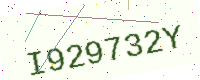
Text: I929732Y